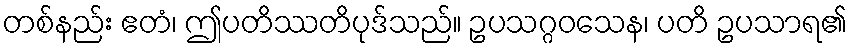
တစ်နည်း ဧတံ၊ ဤပတိဿတိပုဒ်သည်။ ဥပသဂ္ဂဝသေန၊ ပတိ ဥပသာရ၏